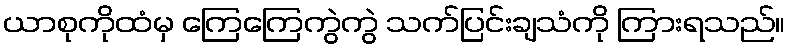
ယာစုကိုထံမှ ကြေကြေကွဲကွဲ သက်ပြင်းချသံကို ကြားရသည်။